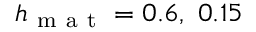
h _ { \mathrm { ~ m ~ a ~ t ~ } } = 0 . 6 , \ 0 . 1 5